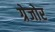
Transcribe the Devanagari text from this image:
ग्रेजोर